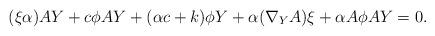
LaTeX: \begin{align*}(\xi\alpha) AY+c\phi AY+(\alpha c+k)\phi Y+\alpha(\nabla_YA)\xi+\alpha A\phi AY=0.\end{align*}